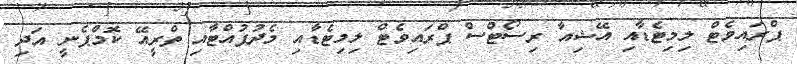
ޕްރައިވެޓް ލިމިޓެޑާއި އޭޝިއާ ރިސޯޓްސް ޕްރައިވެޓް ލިމިޓެޑާއި މެދުފުއްޓާއި ތްރީއޭ ކޮމްޕެނީ އަދި